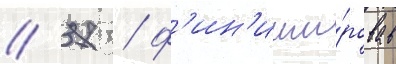
// 37 / ф'ин'иши́ровав